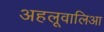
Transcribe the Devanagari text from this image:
अहलूवालिआ